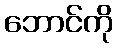
ဘောင်ကို